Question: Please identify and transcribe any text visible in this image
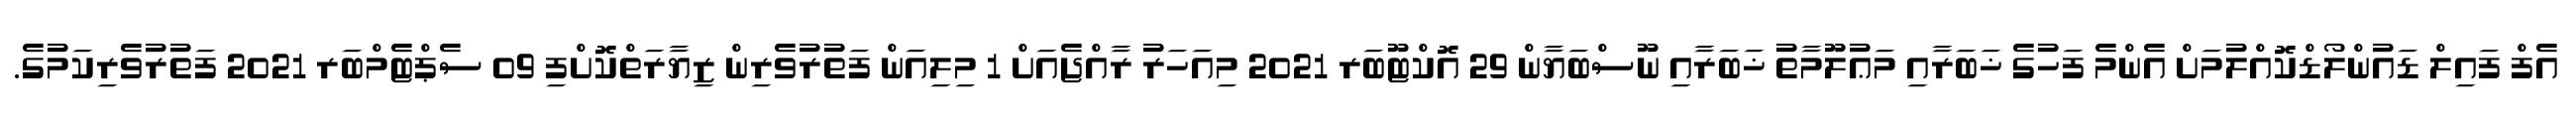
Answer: އެފް ފައިލް ޑައުންލޯޑްކޮއްލުމަށް އެންމެ ފަހުގެ ޚަބަރާއި މަޢުލޫމާތު ޚަބަރާއި ނޫސްބަޔާން 29 އޮކްޓޫބަރ 2021 މިއަހަރު ރާއްޖެއަށް 1 މިލިއަން ފަތުރުވެރިން ޒިޔާރަތްކޮށްފި 09 ސެޕްޓެމްބަރ 2021 ފަތުރުވެރިކަމުގެ.